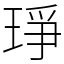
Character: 琤